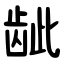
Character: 龇